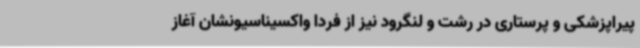
پیراپزشکی و پرستاری در رشت و لنگرود نیز از فردا واکسیناسیونشان آغاز